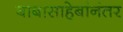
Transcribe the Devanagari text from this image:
बाबासाहेबांनंतर